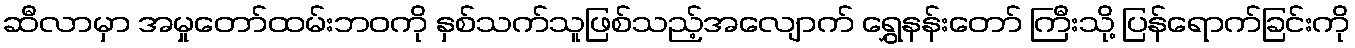
ဆီလာမှာ အမှုတော်ထမ်းဘဝကို နှစ်သက်သူဖြစ်သည့်အလျောက် ရွှေနန်းတော် ကြီးသို့ ပြန်ရောက်ခြင်းကို